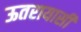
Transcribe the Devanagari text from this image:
ऊतरायासी